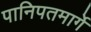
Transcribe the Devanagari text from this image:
पानिपतमार्गे